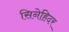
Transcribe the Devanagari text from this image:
सिनेहिदर